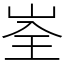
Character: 峑